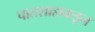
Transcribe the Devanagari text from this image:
पातशाहाकडून